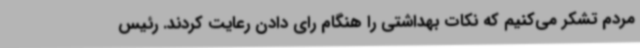
مردم تشکر می‌کنیم که نکات بهداشتی را هنگام رای دادن رعایت کردند. رئیس